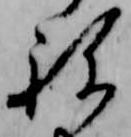
ね